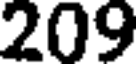
209